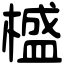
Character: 𣛮